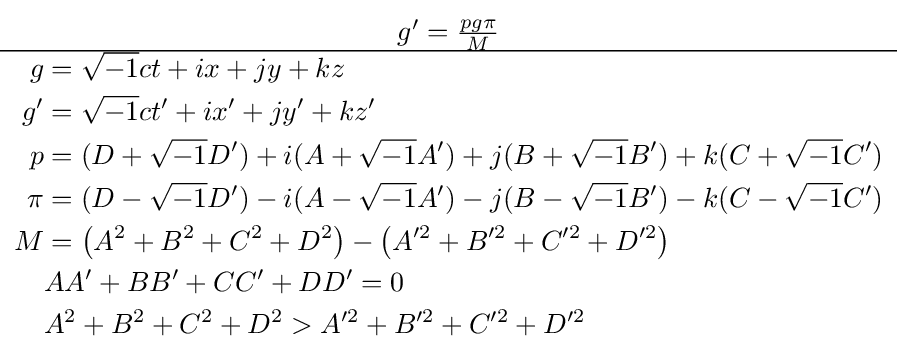
{\begin{matrix}g'={\frac {pg\pi }{M}}\\\hline {\begin{aligned}g&={\sqrt {-1}}ct+ix+jy+kz\\g'&={\sqrt {-1}}ct'+ix'+jy'+kz'\\p&=(D+{\sqrt {-1}}D')+i(A+{\sqrt {-1}}A')+j(B+{\sqrt {-1}}B')+k(C+{\sqrt {-1}}C')\\\pi &=(D-{\sqrt {-1}}D')-i(A-{\sqrt {-1}}A')-j(B-{\sqrt {-1}}B')-k(C-{\sqrt {-1}}C')\\M&=\left(A^{2}+B^{2}+C^{2}+D^{2}\right)-\left(A^{\prime 2}+B^{\prime 2}+C^{\prime 2}+D^{\prime 2}\right)\\&AA'+BB'+CC'+DD'=0\\&A^{2}+B^{2}+C^{2}+D^{2}>A^{\prime 2}+B^{\prime 2}+C^{\prime 2}+D^{\prime 2}\end{aligned}}\end{matrix}}